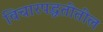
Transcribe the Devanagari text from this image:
विचारपद्धतीतील